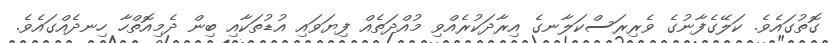
ގޮތުގައެވެ. ކަލޭގެފާނުގެ ވެރިރަސްކަލާނގެ އިރާދަކުރެއްވި މުއްދަތެއް ފިޔަވައި އުޑުތަކާއި ބިން ދެމިއޮތްހާ ހިނދެއްގައެވެ.